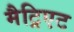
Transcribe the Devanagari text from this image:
मैट्रिएट